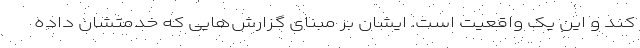
کند و این یک واقعیت است. ایشان بر مبنای گزارش‌هایی که خدمتشان داده